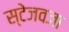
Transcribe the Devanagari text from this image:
स्टेजवजा